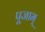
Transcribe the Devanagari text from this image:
पूजाम्